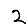
Digit: 2